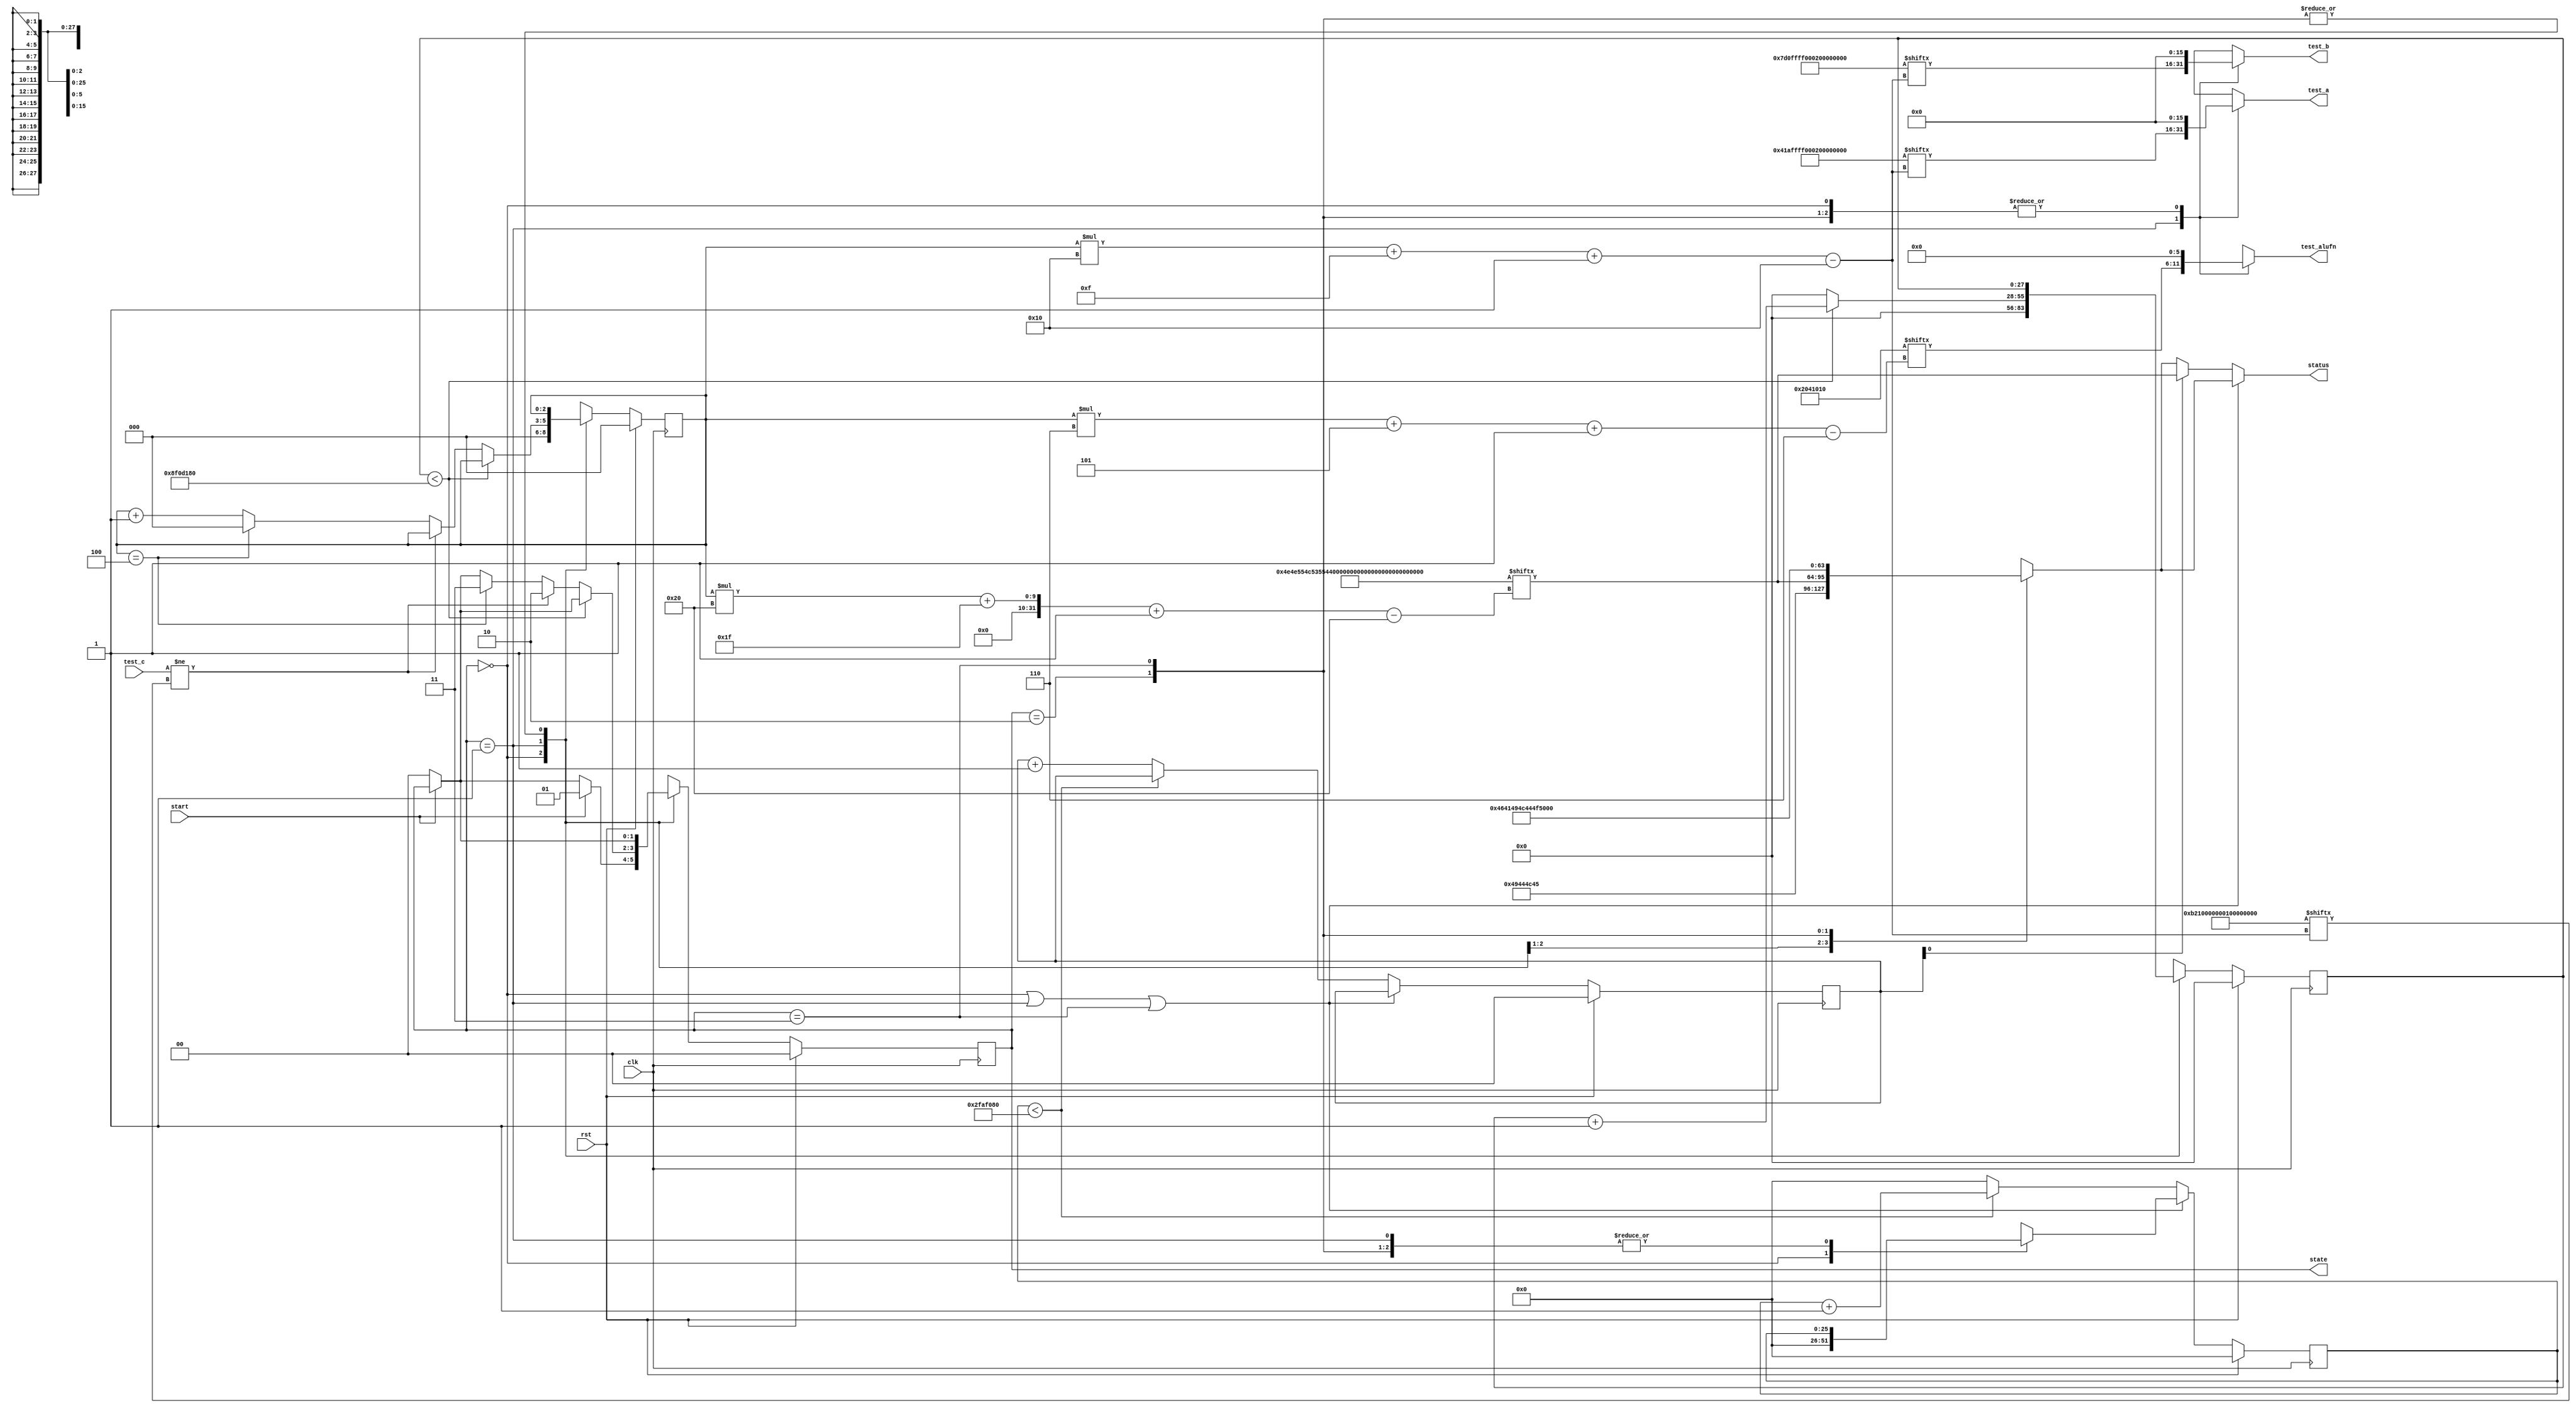
module basic_tester_9 (
    input clk,
    input rst,
    input start,
    input [15:0] test_c,
    output reg [15:0] test_a,
    output reg [15:0] test_b,
    output reg [5:0] test_alufn,
    output reg [1:0] state,
    output reg [31:0] status
  );
  
  localparam NUM_TEST_CASES = 3'h5;
  localparam TEST_NAME = 160'h4e4e554c53554232535542314144443241444431;
  localparam TEST_A = 80'h041affff0001ffff0001;
  localparam TEST_B = 80'h07d0ffff0001ffff0001;
  localparam TEST_ALUFN = 30'h02041010;
  localparam TEST_C = 80'h0b2100000000fffe0002;
  localparam BYPASS_FAIL = 1'h0;
  localparam NUM_TEST_SECS = 2'h3;
  localparam NUM_FAIL_SECS = 1'h1;
  localparam NUM_FAIL_BLINKS = 2'h2;
  
  
  localparam NUM_TEST_TIMER_CYCLES = 28'h8f0d180;
  
  localparam NUM_FAIL_TIMER_CYCLES = 26'h2faf080;
  
  reg [31:0] next_status;
  
  reg [27:0] M_display_test_timer_d, M_display_test_timer_q = 1'h0;
  reg [25:0] M_display_fail_timer_d, M_display_fail_timer_q = 1'h0;
  reg [1:0] M_fail_blink_ctr_d, M_fail_blink_ctr_q = 1'h0;
  reg [2:0] M_tester_ctr_d, M_tester_ctr_q = 1'h0;
  localparam IDLE_tester_state = 2'd0;
  localparam TEST_tester_state = 2'd1;
  localparam FAIL_tester_state = 2'd2;
  localparam DONE_tester_state = 2'd3;
  
  reg [1:0] M_tester_state_d, M_tester_state_q = IDLE_tester_state;
  
  always @* begin
    M_tester_state_d = M_tester_state_q;
    M_display_fail_timer_d = M_display_fail_timer_q;
    M_display_test_timer_d = M_display_test_timer_q;
    M_fail_blink_ctr_d = M_fail_blink_ctr_q;
    M_tester_ctr_d = M_tester_ctr_q;
    
    status = 32'h00000000;
    test_a = 1'h0;
    test_b = 1'h0;
    test_alufn = 1'h0;
    if (!start) begin
      M_tester_state_d = IDLE_tester_state;
    end
    state = M_tester_state_q;
    next_status = 32'h4e554c4c;
    
    case (M_tester_state_q)
      IDLE_tester_state: begin
        M_display_test_timer_d = 1'h0;
        M_display_fail_timer_d = 1'h0;
        M_tester_ctr_d = 1'h0;
        next_status = 32'h49444c45;
        if (start) begin
          M_tester_state_d = TEST_tester_state;
        end
      end
      TEST_tester_state: begin
        next_status = TEST_NAME[(M_tester_ctr_q)*32+31-:32];
        test_a = TEST_A[(M_tester_ctr_q)*16+15-:16];
        test_b = TEST_B[(M_tester_ctr_q)*16+15-:16];
        test_alufn = TEST_ALUFN[(M_tester_ctr_q)*6+5-:6];
        if (M_display_test_timer_q < 28'h8f0d180) begin
          M_display_test_timer_d = M_display_test_timer_q + 1'h1;
        end else begin
          M_display_test_timer_d = 1'h0;
          if (test_c != TEST_C[(M_tester_ctr_q)*16+15-:16]) begin
            M_tester_state_d = FAIL_tester_state;
          end else begin
            if (M_tester_ctr_q == 4'h4) begin
              M_tester_state_d = DONE_tester_state;
              M_tester_ctr_d = 1'h0;
            end else begin
              M_tester_ctr_d = M_tester_ctr_q + 1'h1;
            end
          end
        end
      end
      FAIL_tester_state: begin
        next_status = 32'h4641494c;
      end
      DONE_tester_state: begin
        next_status = 32'h444f4e45;
      end
    endcase
    if (M_tester_state_q == IDLE_tester_state | M_tester_state_q == TEST_tester_state | M_tester_state_q == DONE_tester_state) begin
      status = next_status;
    end else begin
      if (~M_fail_blink_ctr_q[0+0-:1]) begin
        status = next_status;
      end else begin
        status = TEST_NAME[(M_tester_ctr_q)*32+31-:32];
      end
      if (M_display_fail_timer_q < 26'h2faf080) begin
        M_display_fail_timer_d = M_display_fail_timer_q + 1'h1;
      end else begin
        M_display_fail_timer_d = 1'h0;
        if (1'h1) begin
          M_fail_blink_ctr_d = M_fail_blink_ctr_q + 1'h1;
        end else begin
          if (M_fail_blink_ctr_q < 5'h03) begin
            M_fail_blink_ctr_d = M_fail_blink_ctr_q + 1'h1;
          end else begin
            M_fail_blink_ctr_d = 1'h0;
            if (M_tester_ctr_q < 4'h4) begin
              M_tester_state_d = TEST_tester_state;
              M_tester_ctr_d = M_tester_ctr_q + 1'h1;
            end else begin
              M_tester_state_d = DONE_tester_state;
              M_tester_ctr_d = 1'h0;
            end
          end
        end
      end
    end
  end
  
  always @(posedge clk) begin
    if (rst == 1'b1) begin
      M_display_test_timer_q <= 1'h0;
      M_display_fail_timer_q <= 1'h0;
      M_fail_blink_ctr_q <= 1'h0;
      M_tester_ctr_q <= 1'h0;
      M_tester_state_q <= 1'h0;
    end else begin
      M_display_test_timer_q <= M_display_test_timer_d;
      M_display_fail_timer_q <= M_display_fail_timer_d;
      M_fail_blink_ctr_q <= M_fail_blink_ctr_d;
      M_tester_ctr_q <= M_tester_ctr_d;
      M_tester_state_q <= M_tester_state_d;
    end
  end
  
endmodule